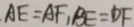
A E = A F , B E = D F